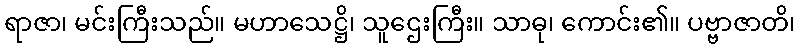
ရာဇာ၊ မင်းကြီးသည်။ မဟာသေဋ္ဌိ၊ သူဌေးကြီး။ သာဓု၊ ကောင်း၏။ ပဗ္ဗာဇာတိ၊